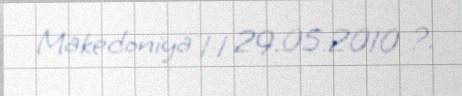
Makedoniya 1:1 29.05.2010 ?.